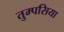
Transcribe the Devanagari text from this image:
तुम्पसिया